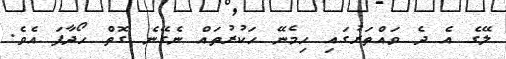
ލޭގެ އެ ދެ ވައްތަރުގައި ހިމެނޭ ހަކުރުތައް ނެގޭނެ ގޮތް ހޯދާފަ އެވެ.